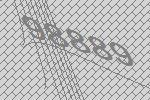
98889